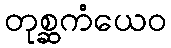
တုစ္ဆကံယေဝ